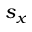
s _ { x }